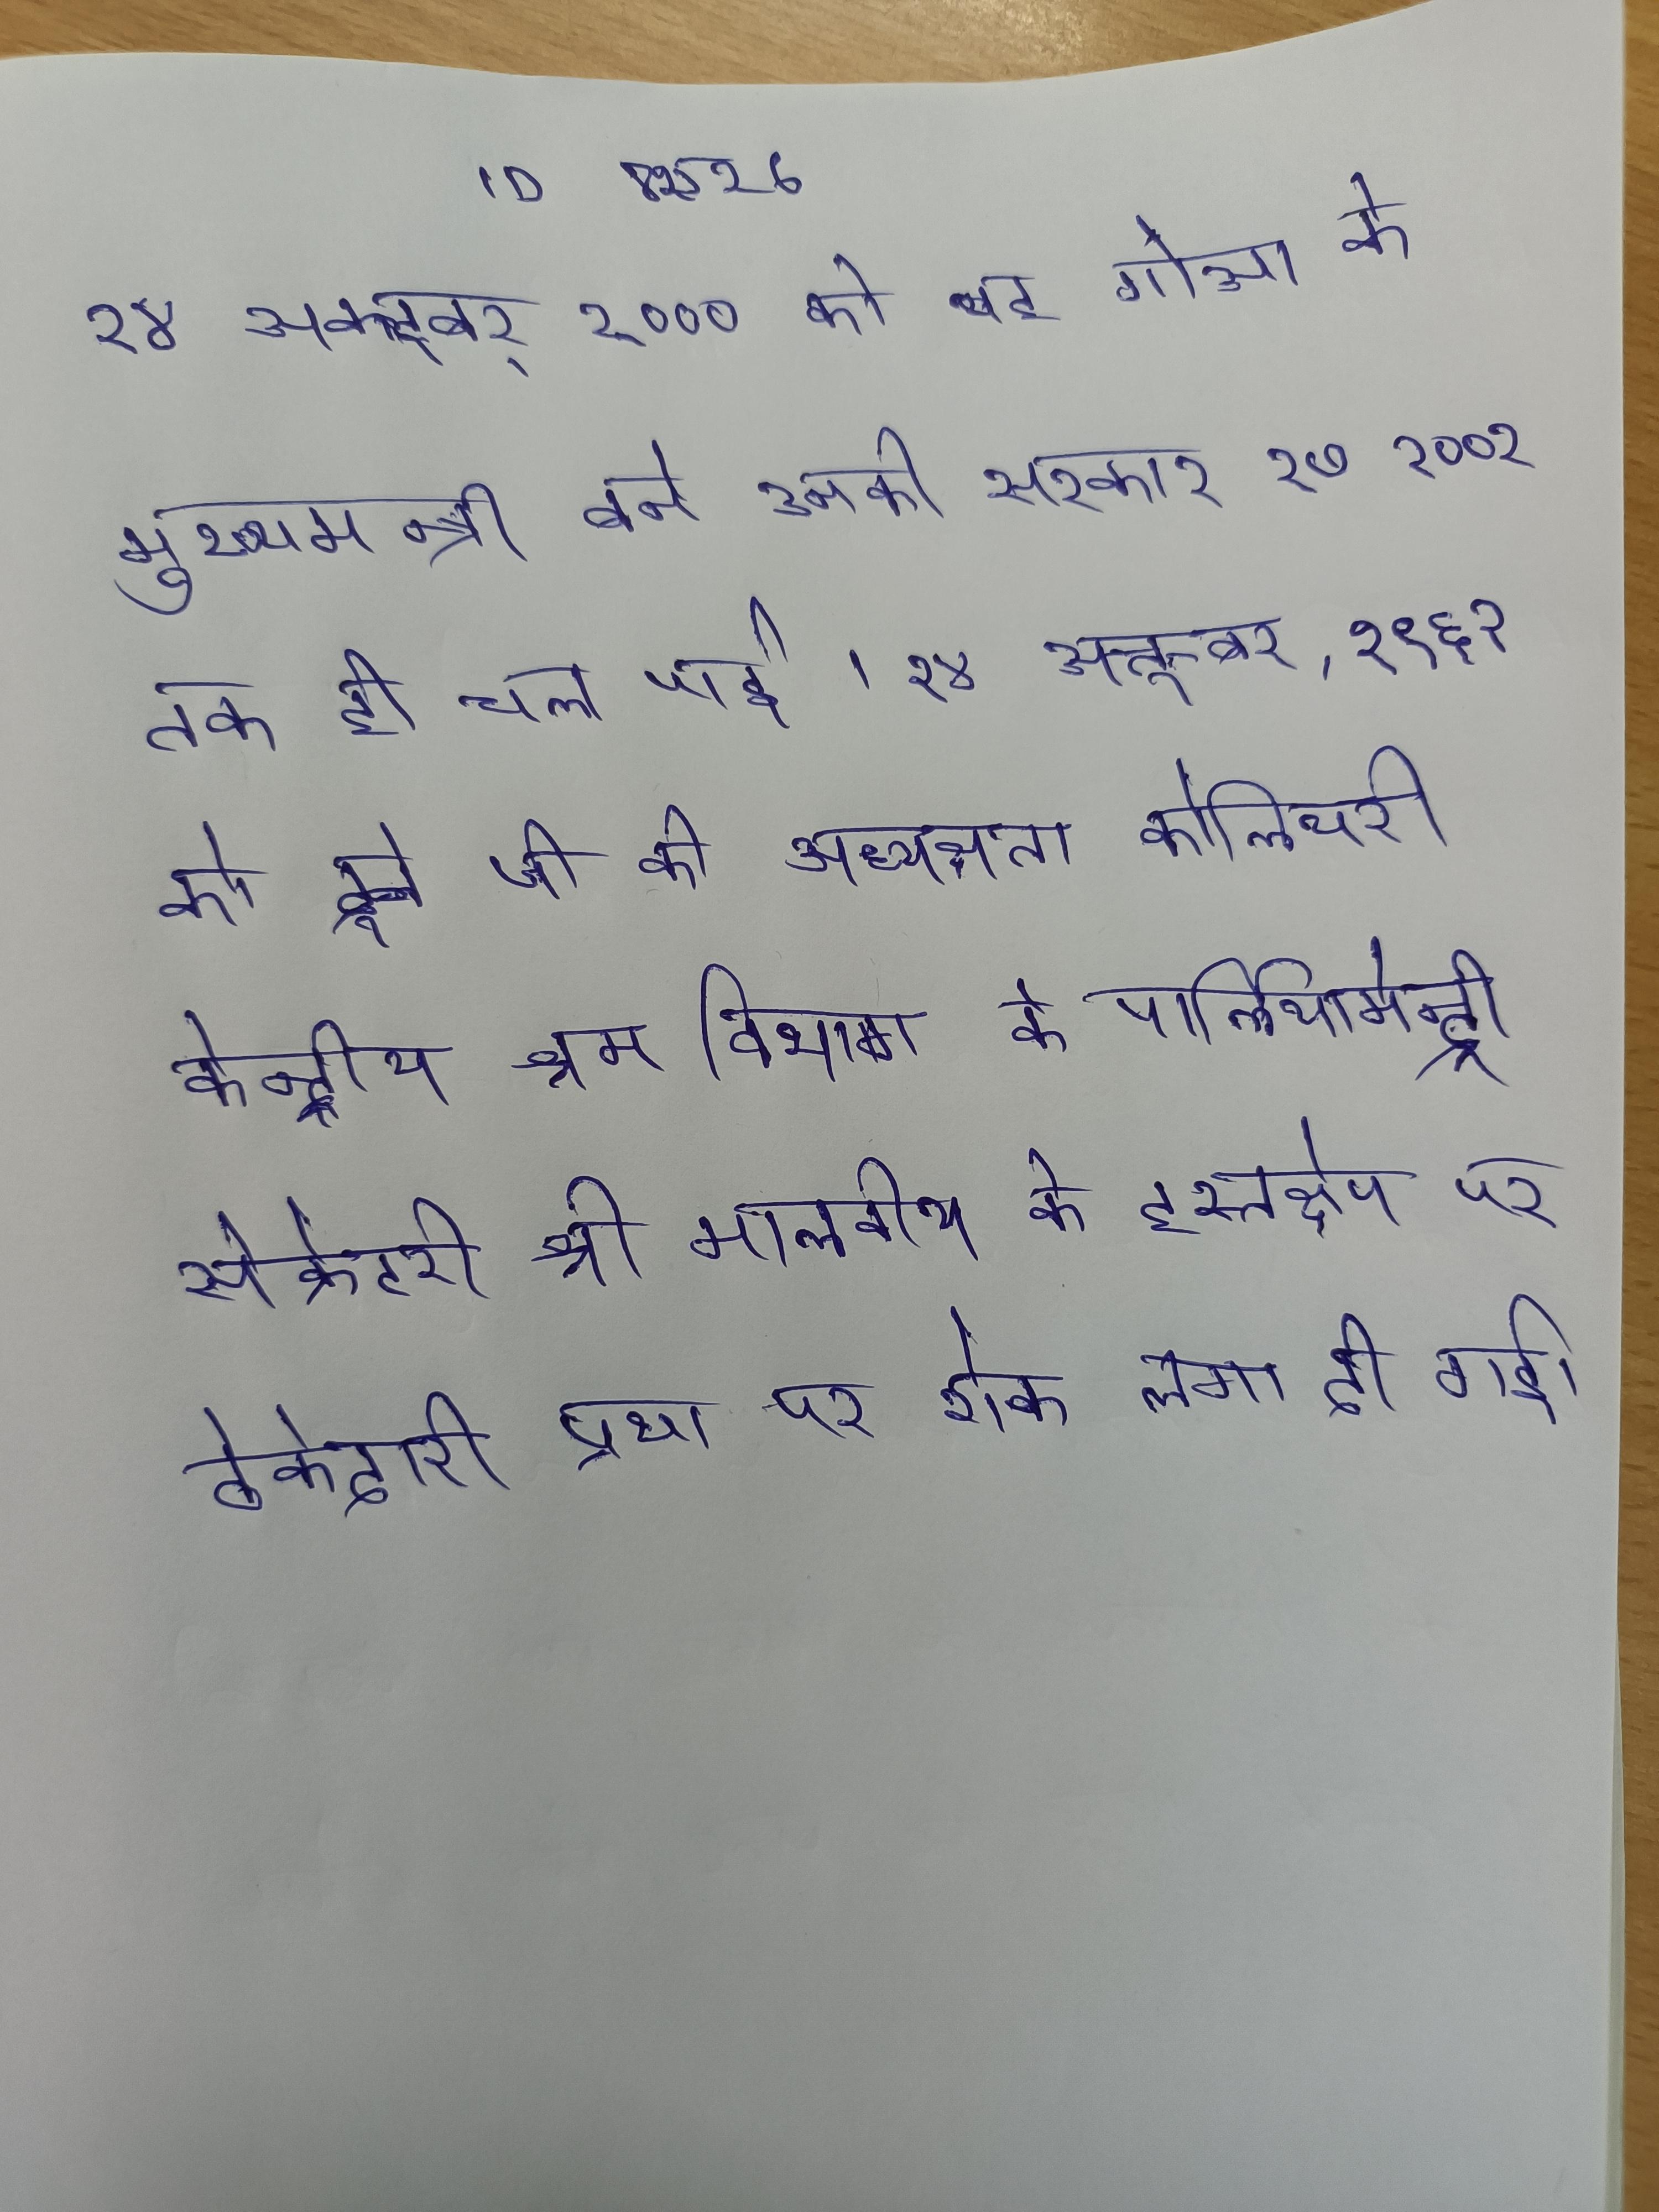
२४ अक्टूबर् २००० को वह गोआ के मुख्यमन्त्री बने उनकी सरकार २७ २००२ तक ही चल पाई । २४ अक्तूबर, १९६२ को दूबे जी की अध्यक्ष्ता कोलियरी केन्द्रीय श्रम विभाग के पार्लियामेन्ट्री सेक्रेटरी श्री मालवीय के हस्तक्षेप पर ठेकेदारी प्रथा पर रोक लगा दी गई ।